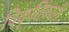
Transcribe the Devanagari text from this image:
विकृतिकारी